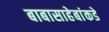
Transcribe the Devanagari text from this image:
बाबासाहेबांकडे